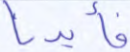
فأيدنا